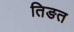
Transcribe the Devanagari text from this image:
तिङत